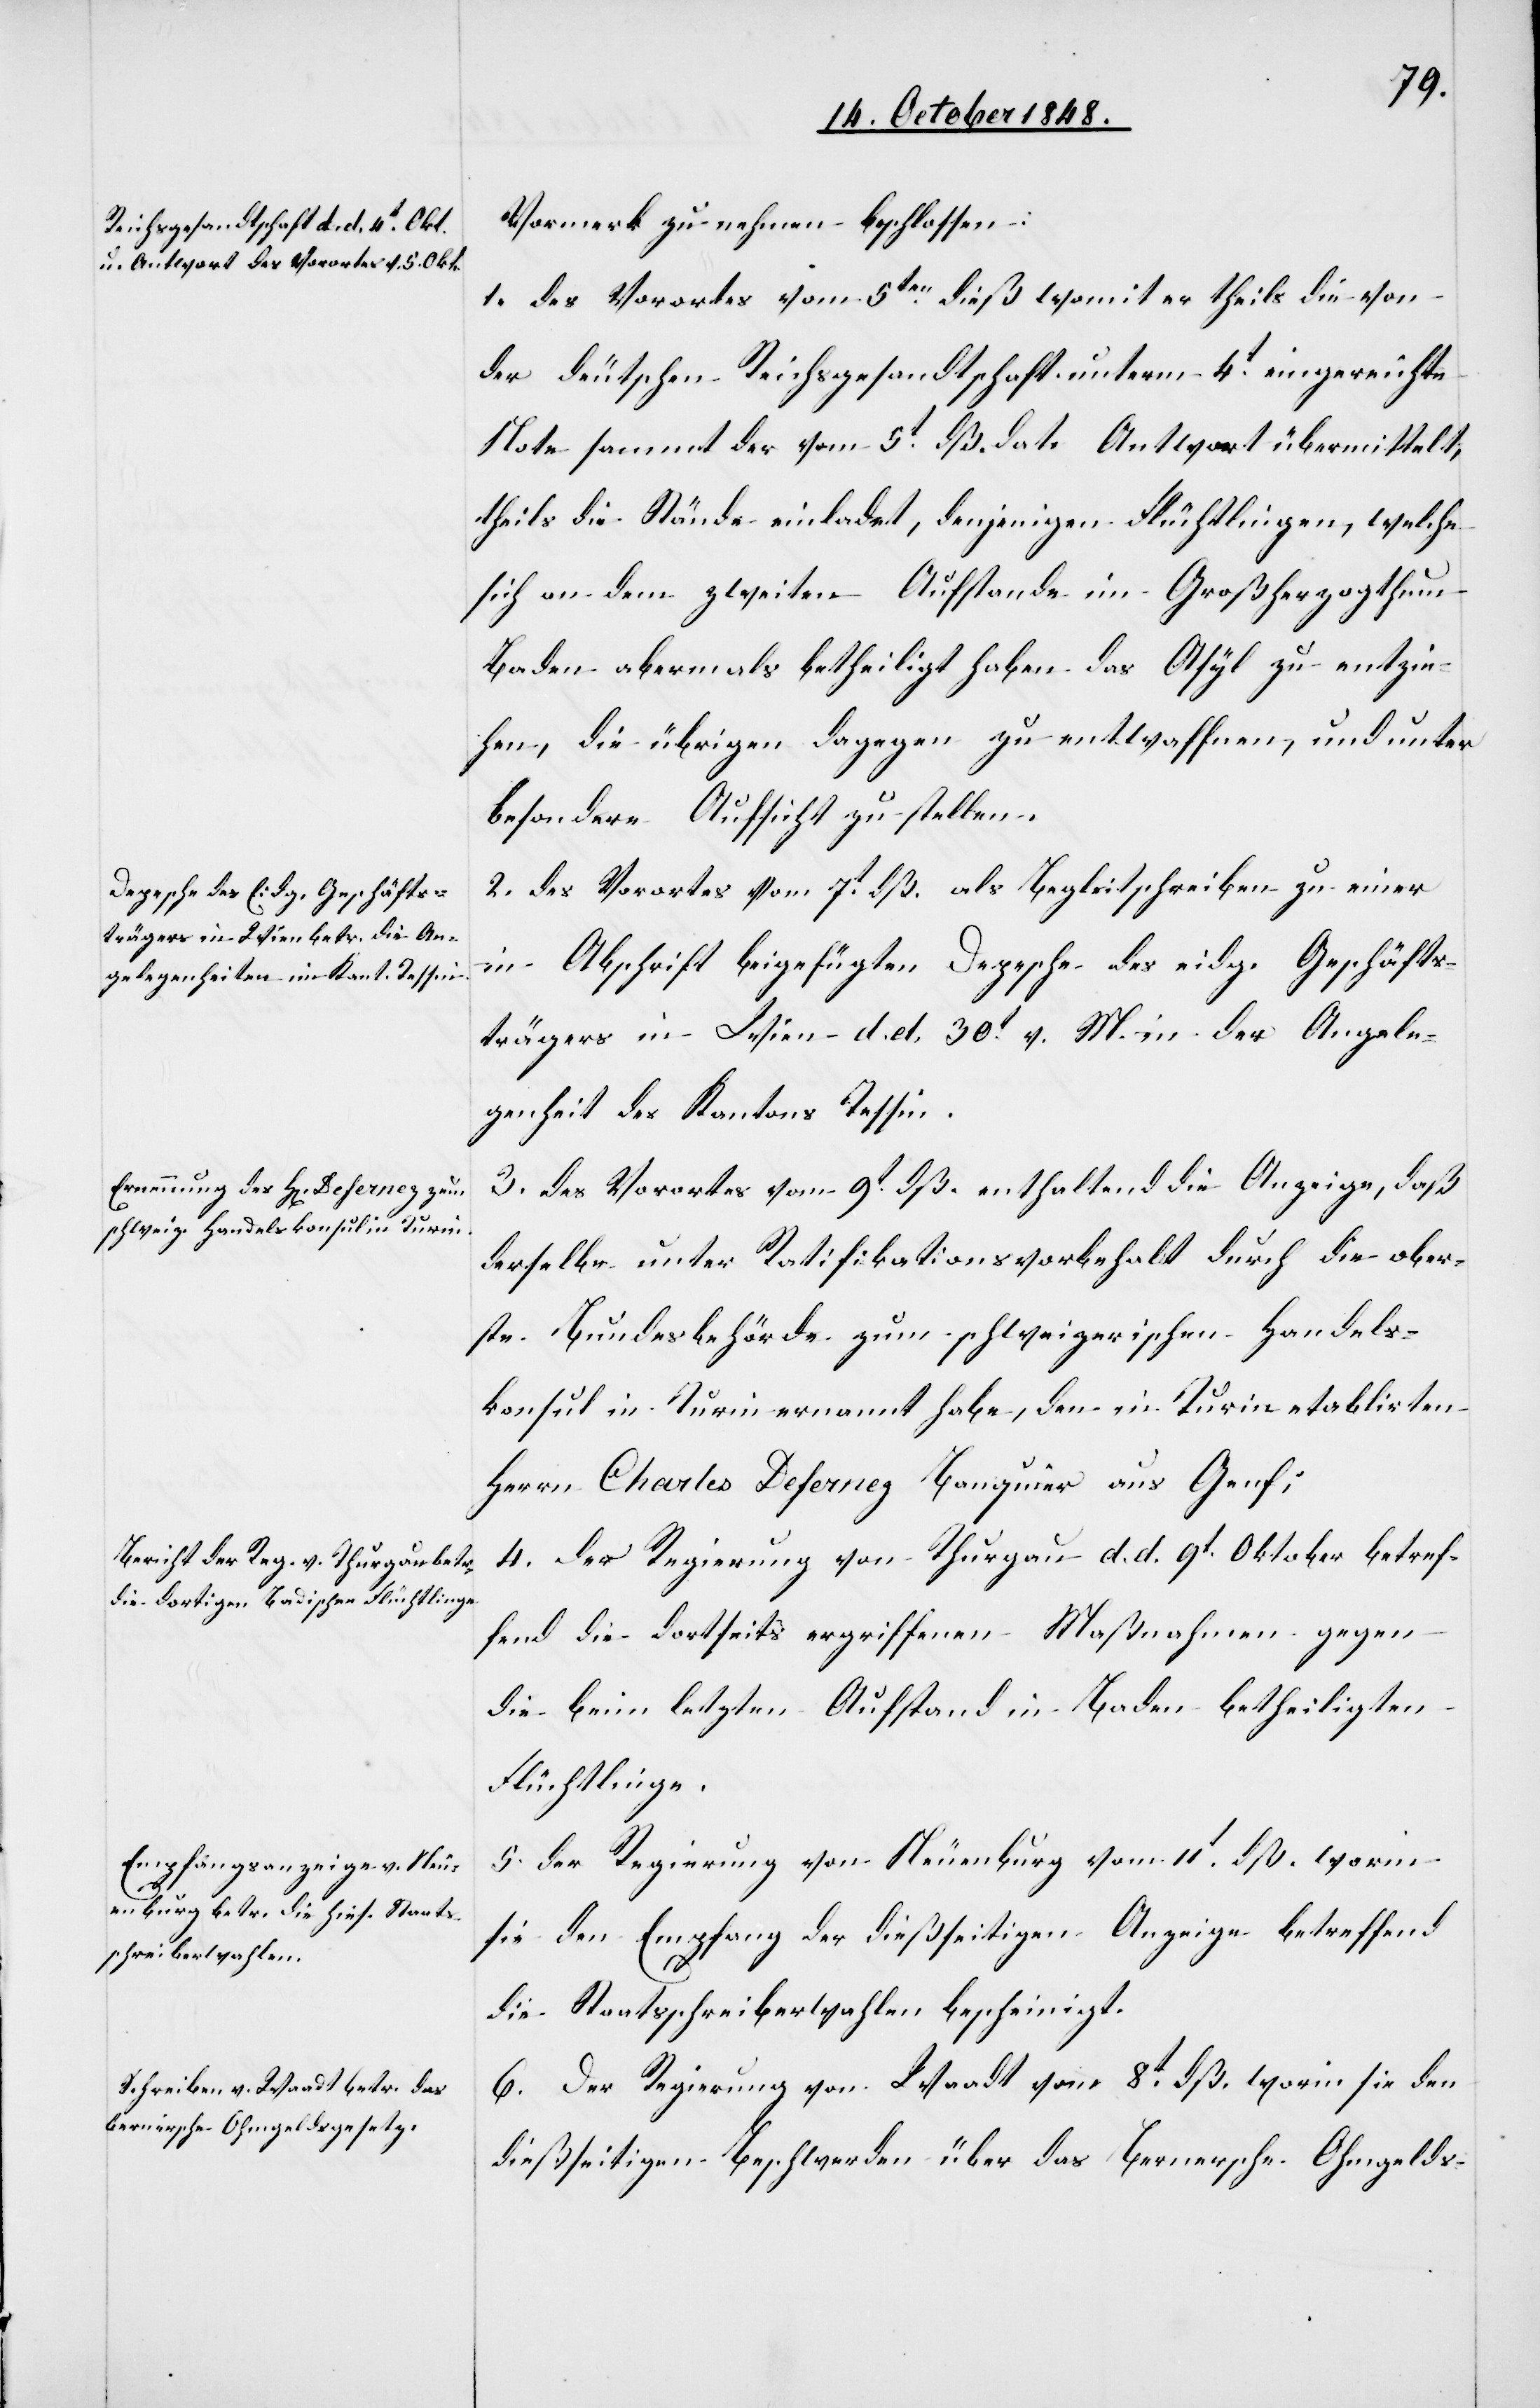
Vormerk zu nehmen beschlossen:
1. des Vorortes vom 5ten dieß womit er theils die von
der deutschen Reichsgesandtschaft unterm 4t eingereichte
Note sammt der vom 5t dß. dato Antwort übermittelt,
theils die Stände einladet, denjenigen Flüchtlingen, welche
sich an dem zweiten Aufstande im Großherzogthum
Baden abermals betheiligt haben das Asyl zu entzie¬
hen, die übrigen dagegen zu entwaffnen, und unter
besondere Aufsicht zu stellen.
2. des Vorortes vom 7t dß. als Begleitschreiben zu einer
in Abschrift beigefügten Depesche des eidg. Geschäfts¬
trägers in Wien d. d. 30t v. M. in der Angele¬
genheit des Kantons Tessin.
3. des Vorortes vom 9t dß enthaltend die Anzeige, daß
derselbe unter Ratifikationsbehalt durch die ober¬
ste Bundesbehörde zum schweizerischen Handels¬
konsul in Turin ernannt habe, den in Turin etablirten
Herrn Charles Defernez Banquier aus Genf;
4. der Regierung von Thurgau d. d. 9t Oktober betref¬
fend die dortseits ergriffenen Maßnahmen gegen
die beim letzten Aufstand in Baden betheiligten
Flüchtlinge.
5. der Regierung von Neuenburg vom 11t dß. worin
sie den Empfang der dießseitigen Anzeige betreffend
die Staatsschreiberwahlen bescheinigt.
6. Der Regierung von Waadt vom 8t dß. worin sie den
dießseitigen Beschwerden über das Bernersche Ohmgelds-